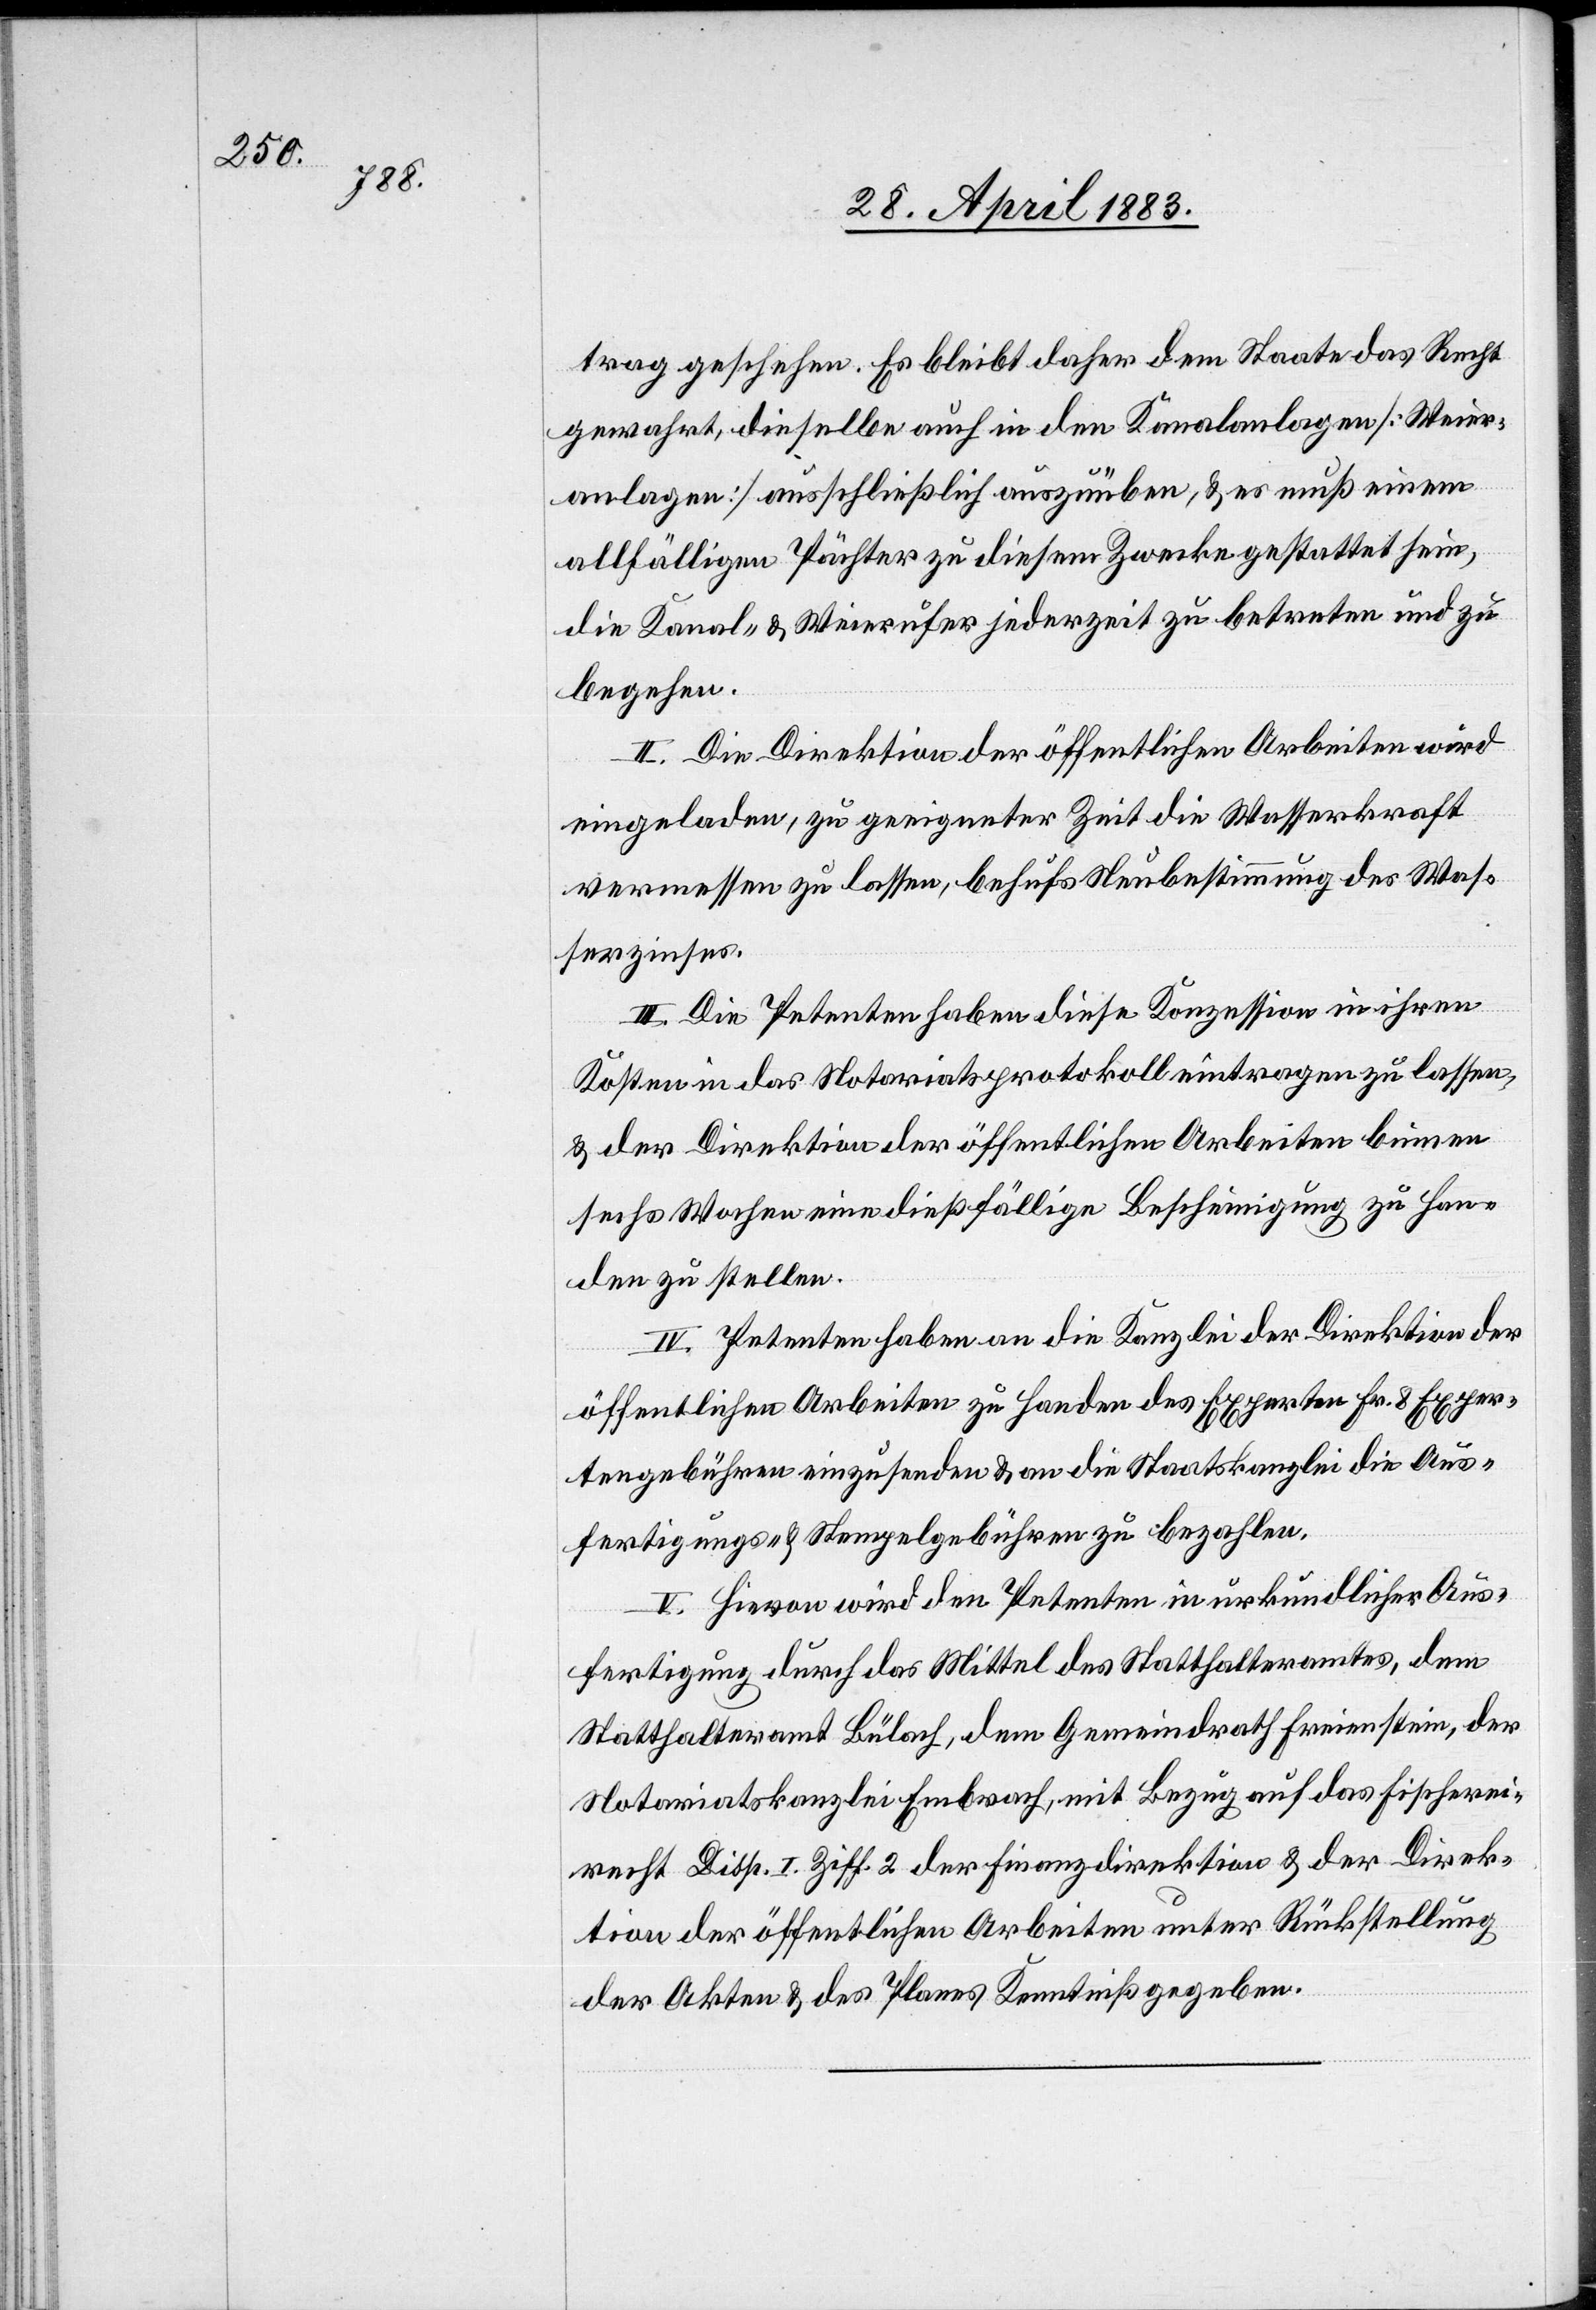
trag geschehen. Es bleibt daher dem Staate das Recht
gewahrt, dieselbe auch in den Kanalanlagen [Weier¬
anlagen] ausschließlich auszuüben, & es muß einem
allfälligen Pächter zu diesem Zwecke gestattet sein,
die Kanal- & Weierufer jederzeit zu betreten und zu
begehen.
II. Die Direktion der öffentlichen Arbeiten wird
eingeladen, zu geeigneter Zeit die Wasserkraft
vermessen zu lassen, behufs Neubestimmung des Was¬
serzinses.
III. Die Petenten haben diese Konzession in ihren
Kosten in das Notariatsprotokoll eintragen zu lassen,
& der Direktion der öffentlichen Arbeiten binnen
sechs Wochen eine dießfällige Bescheinigung zu Han¬
den zu stellen.
IV. Petenten haben an die Kanzlei der Direktion der
öffentlichen Arbeiten zu Handen des Experten Fr. 8 Exper¬
tengebühren einzusenden & an die Staatskanzlei die Aus¬
fertigungs- und Stempelgebühren zu bezahlen.
V. Hievon wird den Petenten in urkundlicher Aus¬
fertigung durch das Mittel des Statthalteramtes, dem
Statthalteramt Bülach, dem Gemeindrath Freienstein, der
Notariatskanzlei Embrach, mit Bezug auf das Fischerei¬
recht Disp. I. Ziff. 2 der Finanzdirektion & der Direk¬
tion der öffentlichen Arbeiten unter Rückstellung
der Akten & des Planes Kenntniß gegeben.